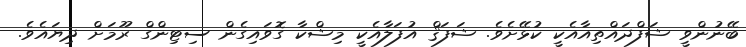
ބޭނުންވީ ޝަފްދައްތިއާއެކީ ކުޅޭށެވެ. ޝަފަޤް އުފަލާއެކީ މިޝްކާ ގޮވައިގެން ސިޓިންގް ރޫމަށް ދިޔައެވެ.